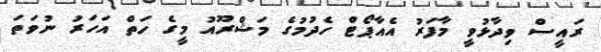
ރައީސް ވިދާޅުވީ މާފަރު އެއާޕޯޓް ހެދުމުގެ މަޝްރޫއު މީގެ ހަތް އަހަރު ނުވަތަ